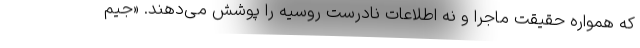
که همواره حقیقت ماجرا و نه اطلاعات نادرست روسیه را پوشش می‌دهند. «جیم